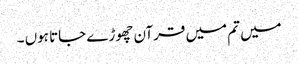
میں تم میں قرآن چھوڑے جاتا ہوں ۔